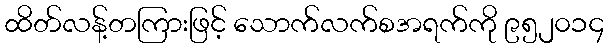
ထိတ်လန့်တကြားဖြင့် သောက်လက်စအရက်ကို ၉၅၂၀၁၄